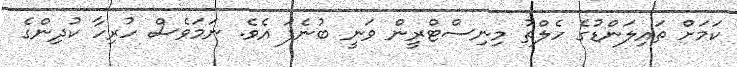
ކަމަށް ތައިލަންޑުގެ ހެލްތު މިނިސްޓްރީން ވަނީ ބުނެފަ އެވެ. ނަމަވެސް ހުރިހާ ކުދިންގެ